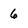
Character: 6